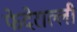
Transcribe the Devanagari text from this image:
फेदेराल्ली